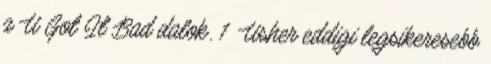
a U Got It Bad dalok. 1 Usher eddigi legsikeresebb